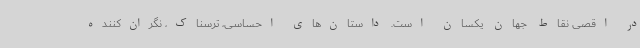
در اقصی نقاط جهان یکسان است. داستان‌های احساسی، ترسناک، نگران‌کننده